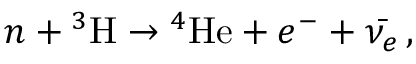
n + { ^ 3 { \mathrm { H } } } \rightarrow { ^ 4 { \mathrm { H e } } } + e ^ { - } + \bar { \nu _ { e } } \, ,